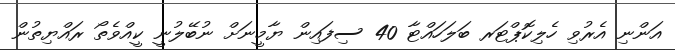
އަންނި އެރުވި ހެލިކޮޕްޓަރ ބަލަހައްޓާ 40 ސިފައިން ޔާމީނަށް ނުބޭލުނީ ކީއްވެތޯ ރައްޔިތުން